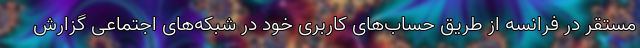
مستقر در فرانسه از طریق حساب‌های کاربری خود در شبکه‌های اجتماعی گزارش